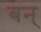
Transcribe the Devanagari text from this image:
बन्